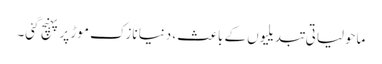
ماحولیاتی تبدیلیوں کے باعث، دنیا نازک موڑ پر پہنچ گئی۔